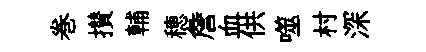
巻攅輔穂詹血供噬村深